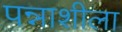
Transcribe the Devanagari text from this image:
पन्नाशीला